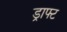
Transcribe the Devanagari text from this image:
ड्राफ्‍ट